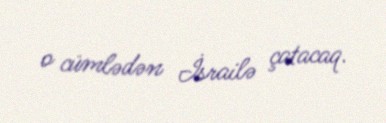
o cümlədən İsrailə çatacaq.